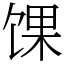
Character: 馃